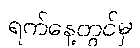
ရက်နေ့တွင်မှ